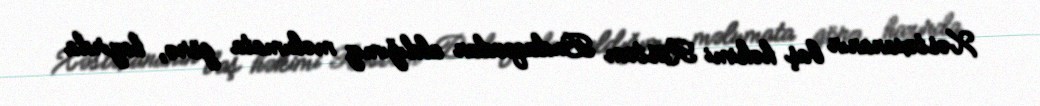
Xəstəxananın baş həkimi Rüstəm Budaqovdan aldığımız məlumata görə, hazırda